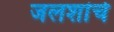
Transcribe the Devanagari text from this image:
जलशांचे